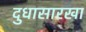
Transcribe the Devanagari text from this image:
दुधासारखा